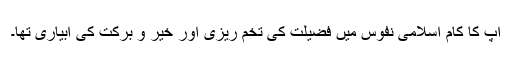
آپ کا کام اسلامی نفوس میں فضیلت کی تخم ریزی اور خیر و برکت کی آبیاری تھا۔